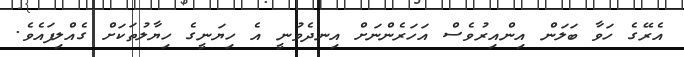
އެރޭގެ ހަވާ ބަލަން އިންއިރުވެސް އަހަރެންނަށް އިނދެވުނީ އެ ހިޔަނީގެ ހިޔާލުތަކަށް ގެއްލިފައެވެ.